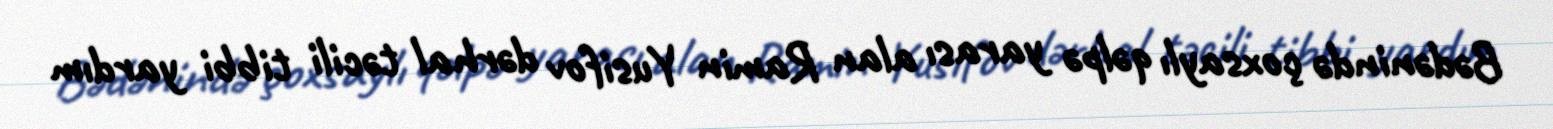
Bədənində çoxsaylı qəlpə yarası alan Ramin Yusifov dərhal təcili tibbi yardım